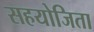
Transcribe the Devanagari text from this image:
सहयोजिता